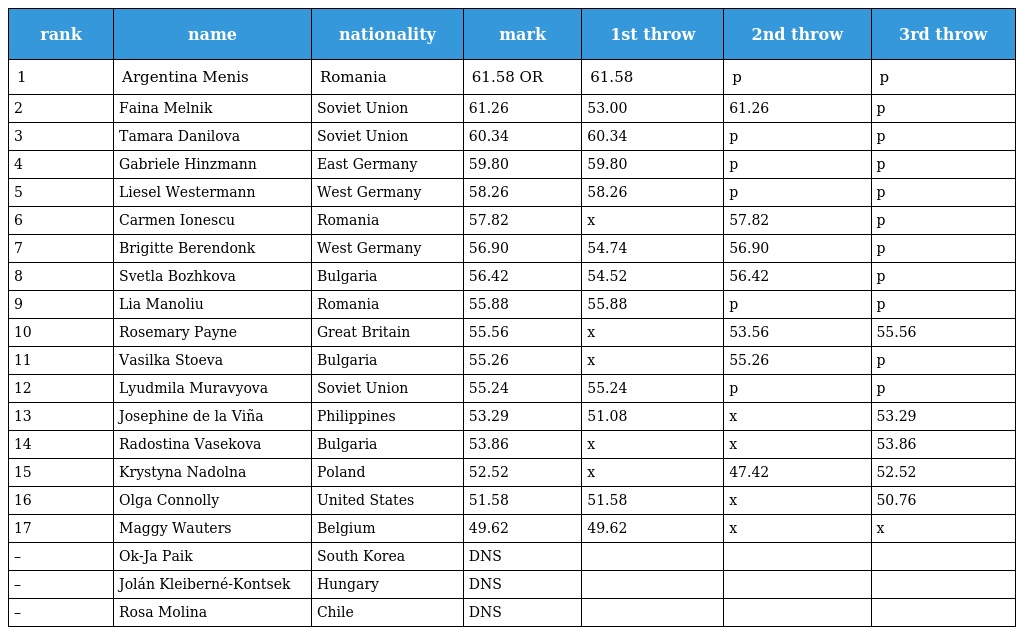
| rank | name | nationality | mark | 1st throw | 2nd throw | 3rd throw |
 | --- | --- | --- | --- | --- | --- | --- |
 | 1 | Argentina Menis | Romania | 61.58 OR | 61.58 | p | p |
 | 2 | Faina Melnik | Soviet Union | 61.26 | 53.00 | 61.26 | p |
 | 3 | Tamara Danilova | Soviet Union | 60.34 | 60.34 | p | p |
 | 4 | Gabriele Hinzmann | East Germany | 59.80 | 59.80 | p | p |
 | 5 | Liesel Westermann | West Germany | 58.26 | 58.26 | p | p |
 | 6 | Carmen Ionescu | Romania | 57.82 | x | 57.82 | p |
 | 7 | Brigitte Berendonk | West Germany | 56.90 | 54.74 | 56.90 | p |
 | 8 | Svetla Bozhkova | Bulgaria | 56.42 | 54.52 | 56.42 | p |
 | 9 | Lia Manoliu | Romania | 55.88 | 55.88 | p | p |
 | 10 | Rosemary Payne | Great Britain | 55.56 | x | 53.56 | 55.56 |
 | 11 | Vasilka Stoeva | Bulgaria | 55.26 | x | 55.26 | p |
 | 12 | Lyudmila Muravyova | Soviet Union | 55.24 | 55.24 | p | p |
 | 13 | Josephine de la Viña | Philippines | 53.29 | 51.08 | x | 53.29 |
 | 14 | Radostina Vasekova | Bulgaria | 53.86 | x | x | 53.86 |
 | 15 | Krystyna Nadolna | Poland | 52.52 | x | 47.42 | 52.52 |
 | 16 | Olga Connolly | United States | 51.58 | 51.58 | x | 50.76 |
 | 17 | Maggy Wauters | Belgium | 49.62 | 49.62 | x | x |
 | – | Ok-Ja Paik | South Korea | DNS |  |  |  |
 | – | Jolán Kleiberné-Kontsek | Hungary | DNS |  |  |  |
 | – | Rosa Molina | Chile | DNS |  |  |  |